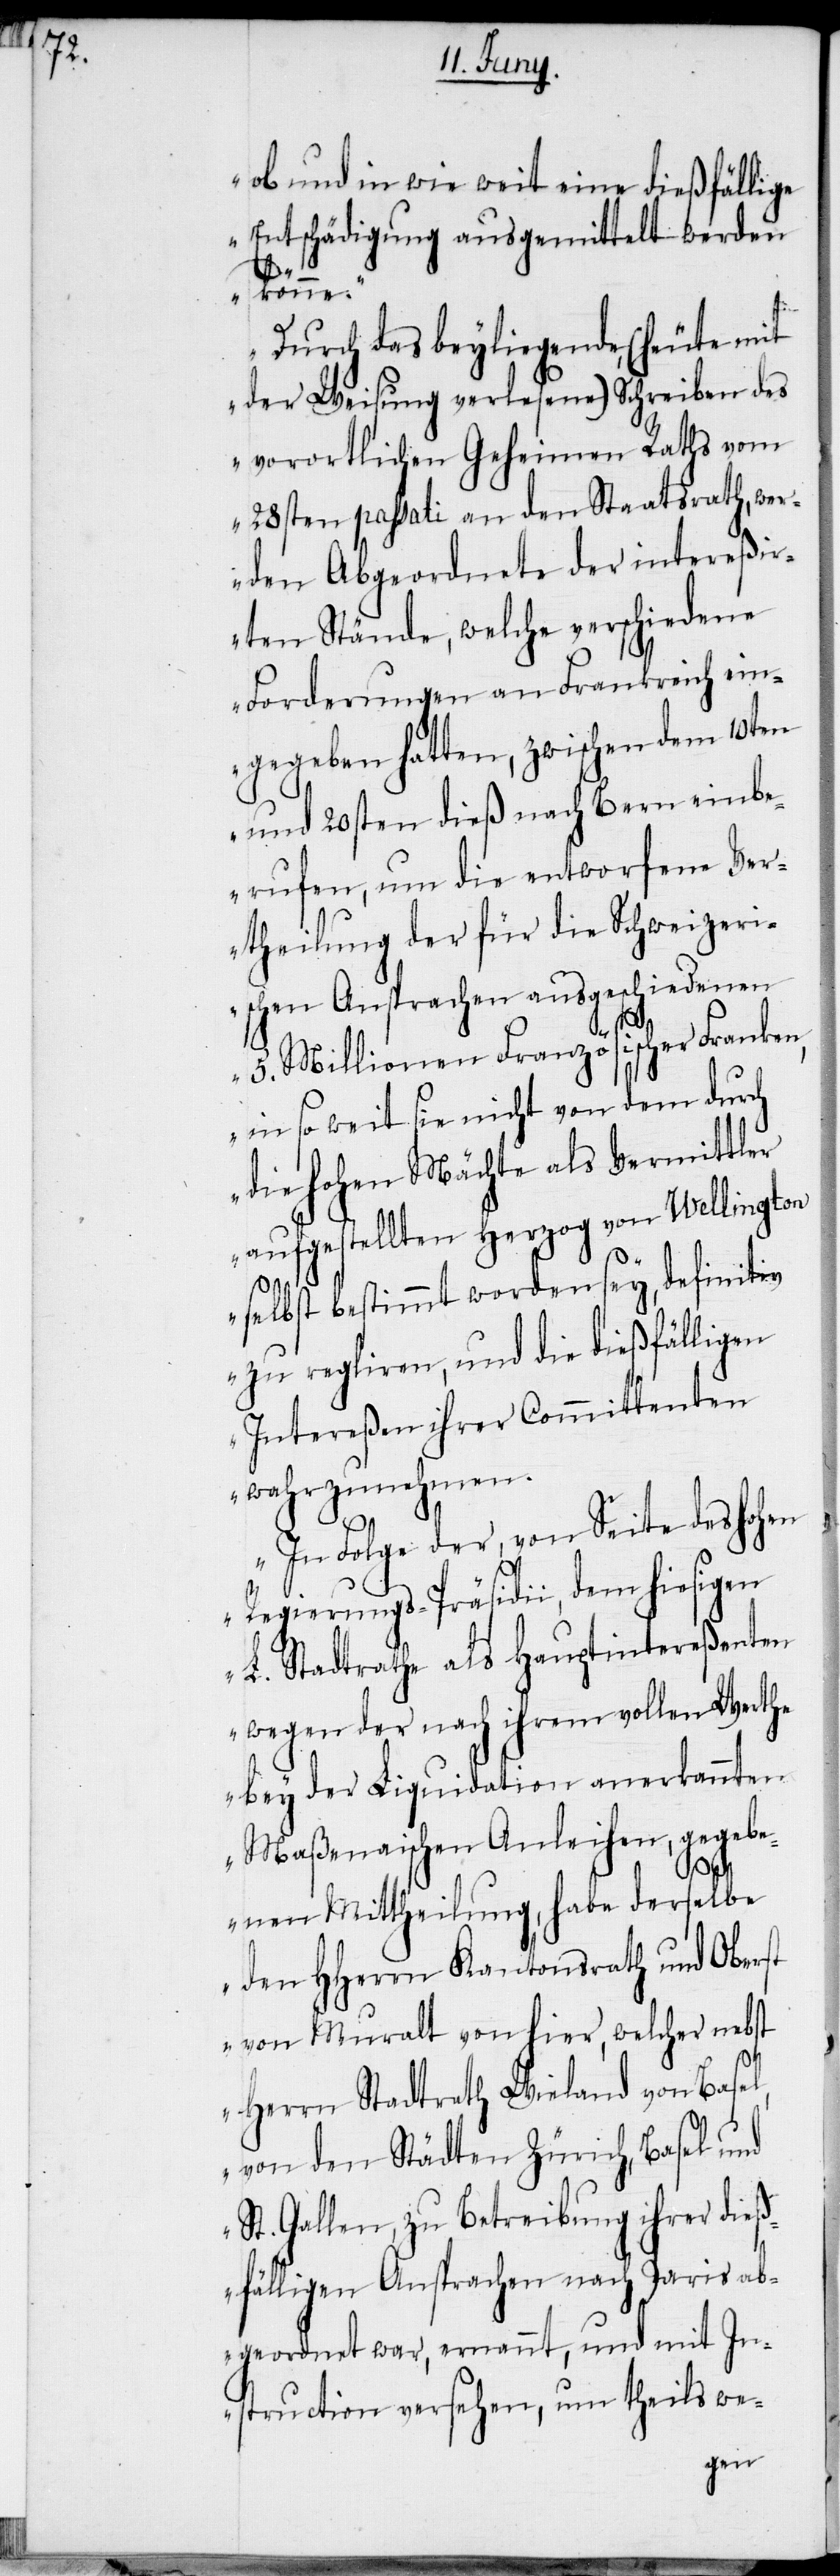
ob und in wie weit eine dießfällige
Entschädigung ausgemittelt werden
könne.“
„Durch das beyliegende, (heute mit
der Weisung verlesene) Schreiben des
vorortlichen Geheimen Raths vom
28sten passati an den Staatsrath, wer¬
den Abgeordnete der intereßi¬
rten Stände, welche verschiedene
Forderungen an Frankreich ein¬
gegeben hatten, zwischen dem 10ten
und 20sten dieß nach Bern einbe¬
rufen, um die entworfene Ver¬
theilung der für die Schweizeri¬
schen Ansprachen ausgeschiedenen
5. Millionen Französischer Franken,
in so weit sie nicht von dem durch
die hohen Mächte als Vermittler
aufgestellten Herzog von Wellington
selbst bestimmt worden sey, definitiv
zu regliren, und die dießfälligen
Intereßen ihrer Committenten
wahrzunehmen.
In Folge der, von Seite des hohen
Regierungs-Präsidii, dem hiesigen
L. Stadtrathe als Hauptintereßenten
wegen der nach ihrem vollen Werthe
bey der Liquidation anerkannten
Maßenaischen Anleihen, gegeb¬
enen Mittheilung, habe derselbe
den HHerrn Kantonsrath und Oberst
von Muralt von hier, welcher nebst
Herrn Stadtrath Wieland von Basel,
von den Städten Zürich, Basel und
St. Gallen, zu Betreibung ihrer dieß¬
fälligen Ansprachen nach Paris ab¬
geordnet war, ernannt, und mit In¬
struction versehen, um theils we-